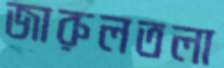
জারুলতলা